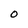
Character: O